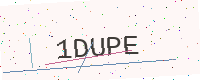
Text: 1DUPE